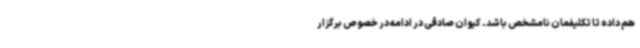
هم داده تا تکلیفمان نامشخص باشد. کیوان صادقی در ادامه در خصوص برگزار